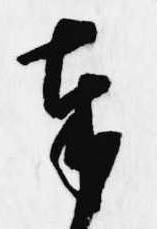
奉